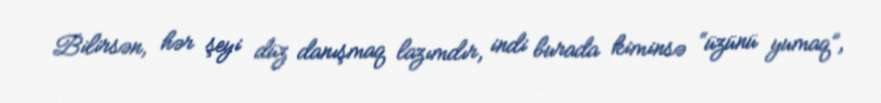
Bilirsən, hər şeyi düz danışmaq lazımdır, indi burada kiminsə “üzünü yumaq”,